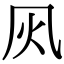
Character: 㶡